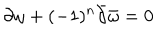
\partial \omega + ( - 1 ) ^ { n } \bar { \partial } \bar { \omega } = 0